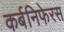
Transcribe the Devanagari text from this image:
कर्बनिफेरस